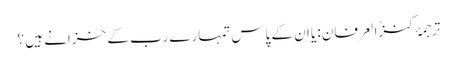
ترجمۂ کنزُالعِرفان: یا ان کے پاس تمہارے رب کے خزانے ہیں ؟